Medical and sanitary report of the native army of Madras for the year
Year: 1872
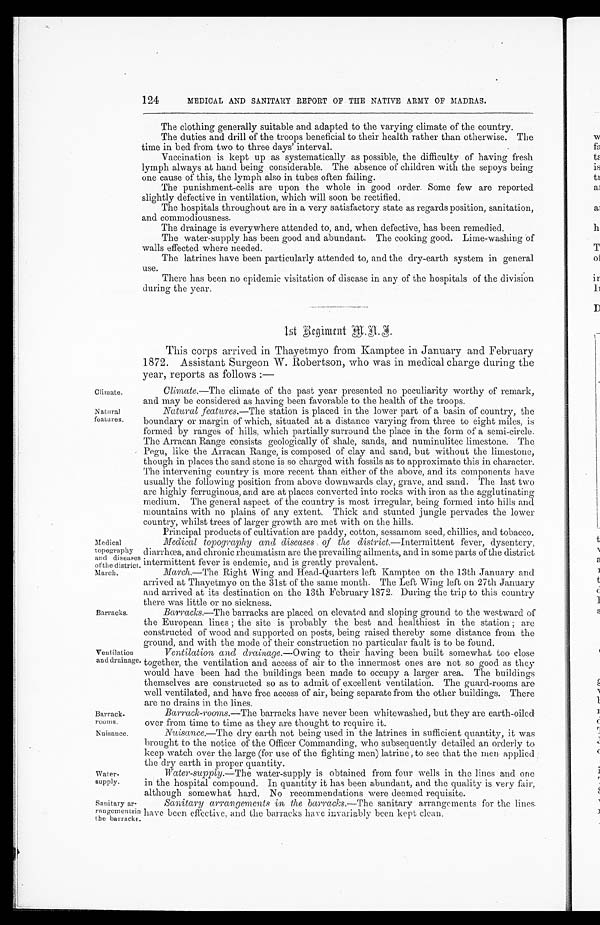
Climate.
Natural
features.
Barrack
-rooms.
Nuisance.
124
MEDICAL AND SANITARY REPORT OF THE NATIVE ARMY OF MADRAS.
The clothing generally suitable and adapted to the varying climate of the country.
The duties and drill of the troops beneficial to their health rather than otherwise. The
time in bed from two to three days' interval.
Vaccination is kept up as systematically as possible, the difficulty of having fresh
lymph always at hand being considerable. The absence of children with the sepoys being
one cause of this, the lymph also in tubes often failing.
The punishment-cells are upon the whole in good order. Some few are reported
slightly defective in ventilation, which will soon be rectified.
The hospitals throughout are in a very satisfactory state as regards position, sanitation,
and commodiousness.
The drainage is everywhere attended to, and, when defective, has been remedied.
The water-supply has been good and abundant. The cooking good. Lime-washing of
walls effected where needed.
The latrines have been particularly attended to, and the dry-earth system in general
use.
There has been no epidemic visitation of disease in any of the hospitals of the division
during the year.
1st Regiment M.A.I.
This corps arrived in Thayetmyo from Kamptee in January and February
1872. Assistant Surgeon W. Robertson, who was in medical charge during the
year, reports as follows :—
Climate .—The climate of the past year presented no peculiarity worthy of remark,
and may be considered as having been favorable to the health of the troops.
Natural features.— The station is placed in the lower part of a basin of country, the
boundary or margin of which, situated at a distance varying from three to eight miles, is
formed by ranges of hills, which partially surround the place in the form of a semi-circle.
The Arracan Range consists geologically of shale, sands, and numinulitec limestone. The
Pegu, like the Arracan Range, is composed of clay and sand, but without the limestone,
though in places the sand stone is so charged with fossils as to approximate this in character.
The intervening country is more recent than either of the above, and its components have
usually the following position from above downwards clay, grave, and sand. The last two
are highly ferruginous, and are at places converted into rocks with iron as the agglutinating
medium. The general aspect of the country is most irregular, being formed into hills and
mountains with no plains of any extent. Thick and stunted jungle pervades the lower
country, whilst trees of larger growth are met with on the hills.
Medical
topography
and diseases
of the district,
March.
Principal products of cultivation are paddy, cotton, sessamom seed, chillies, and tobacco.
Medical topography and diseases of the district.—Intermittent fever, dysentery,
diarrhœa, and chronic rheumatism are the prevailing ailments, and in some parts of the district
intermittent fever is endemic, and is greatly prevalent.
March.—The Right Wing and Head-Quarters left Kamptee on the 13th January and
arrived at Thayetmyo on the 31st of the same month. The Left Wing left on 27th January
and arrived at its destination on the 13th February 1872. During the trip to this country
there was little or no sickness.
Barracks.
Ventilation
and drainage
Barracks.—The barracks are placed on elevated and sloping ground to the westward of
the European lines ; the site is probably the best and healthiest in the station ; are
constructed of wood and supported on posts, being raised thereby some distance from the
ground, and with the mode of their construction no particular fault is to be found.
Ventilation and drainage.— Owing to their having been built somewhat too close
together, the ventilation and access of air to the innermost ones are not so good as they
would have been had the buildings been made to occupy a larger area. The buildings
themselves are constructed so as to admit of excellent ventilation. The guard-rooms are
well ventilated, and have free access of air, being separate from the other buildings. There
are no drains in the lines.
Barrack-rooms .— The barracks have never been whitewashed, but they are earth-oiled
over from time to time as they are thought to require it.
Nuisance.—The dry earth not being used in the latrines in sufficient quantity, it was
brought to the notice of the Officer Commanding, who subsequently detailed an orderly to
keep watch over the large (for use of the fighting men) latrine , to see that the men applied
the dry earth in
p r o p e r q u a n t i t y .
Sanitary ar-rangementsin the barracks.
Water - supply .—The water-supply is obtained from four wells in the lines and one
in the hospital compound. In quantity it has been abundant, and the quality is very fair,
although somewhat hard. No recommendations were deemed requisite.
Sanitary arrangements in, the barracks,—The sanitary arrangements for the lines.
have been effective, and the barracks have invariably been kept clean.